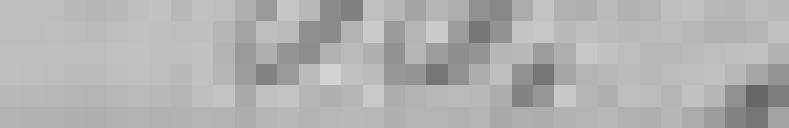
66,00